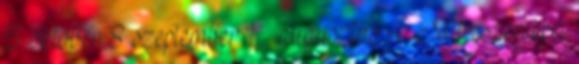
5 október 8 szeptember 1 ▼ augusztus 4 Mitesszerekkel